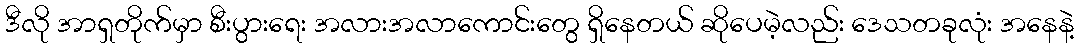
ဒီလို အာရှတိုက်မှာ စီးပွားရေး အလားအလာကောင်းတွေ ရှိနေတယ် ဆိုပေမဲ့လည်း ဒေသတခုလုံး အနေနဲ့